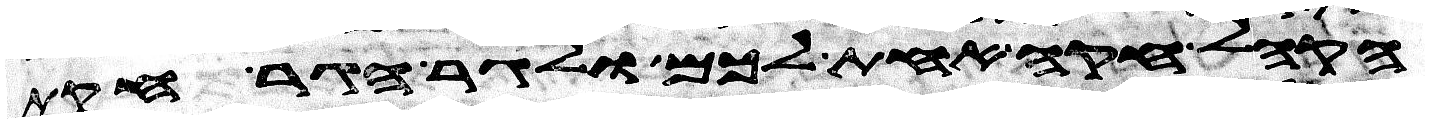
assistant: הקהל חקה אחת לכם ולגר הגר חקת